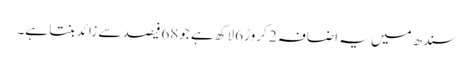
سندھ میں یہ اضافہ 2 کروڑ 6لاکھ ہے جو68فیصد سے زائد بنتا ہے۔